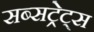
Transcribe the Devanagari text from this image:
सब्सट्रेट्स